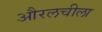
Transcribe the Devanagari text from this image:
औरलचीला